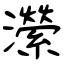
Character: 瀠